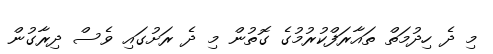
މި ދެ ހިދުމަތް ތައާރަފްކުރުމުގެ ގޮތުން މި ދެ ރަށުގައި ވެސް ދިރާގުން